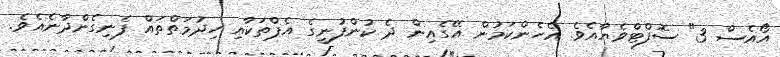
އޯއެސް 3" ސޮފްޓްވެޔާއެވެ. އެހެންކަމުން އޭގެއިން ދެ ކުންފުނީގެ އެޕްތަކާއި ހިދުމަތްތައް ފެނިގެންދާނެއެވެ.